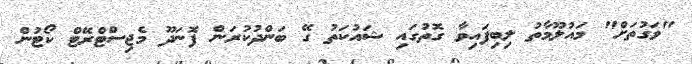
"ވަގުތަށް" މައުލޫމާތު ލިބިފައިވާ ގޮތުގައި ޝައުކަތު ގޭ ބަންދުކުރަން ފޮނަދޫ މެޖިސްޓްރޭޓް ކޯޓުން